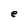
Character: e